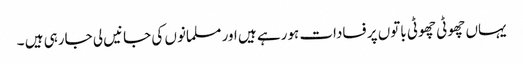
یہاں چھوٹی چھوٹی باتوں پر فسادات ہورہے ہیں اور مسلمانوں کی جانیں لی جارہی ہیں ۔